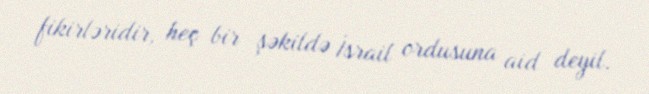
fikirləridir, heç bir şəkildə İsrail ordusuna aid deyil.